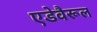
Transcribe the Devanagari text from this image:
एडेवैरूल